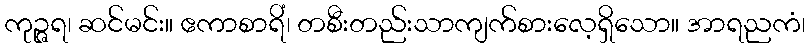
ကုဉ္ဇရ၊ ဆင်မင်း။ ဧကာစာရိံ၊ တစီးတည်းသာကျက်စားလေ့ရှိသော။ အာရညကံ၊